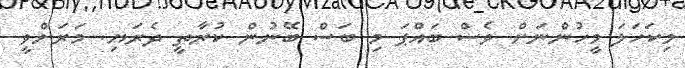
މިކަހަލަ މީހުންނަށް ވެސް ބައްޕަ މި ބަސް ބޭނުން ކުރާތީ ދެރަޔި. މަރަށްވީ